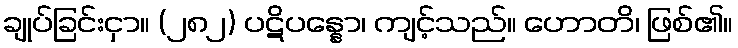
ချုပ်ခြင်းငှာ။ (၂၈၂) ပဋိပန္နော၊ ကျင့်သည်။ ဟောတိ၊ ဖြစ်၏။